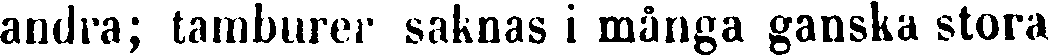
andra; tamburer saknas i många ganska stora